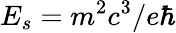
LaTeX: E_{s}=m^{2}c^{3}/e\hbar